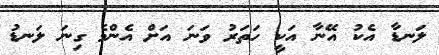
ލަނޑާ އެކު އޭނާ އަކީ ހަތަރު ވަނަ އަށް އެންމެ ގިނަ ލަނޑު